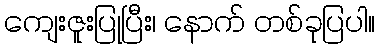
ကျေးဇူးပြုပြီး၊ နောက် တစ်ခုပြပါ။